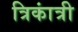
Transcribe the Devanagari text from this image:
त्रिकांत्री